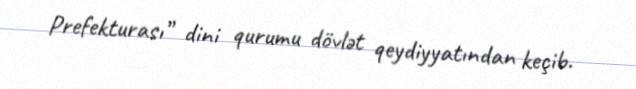
Prefekturası” dini qurumu dövlət qeydiyyatından keçib.